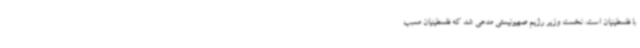
با فلسطینیان است. نخست وزیر رژیم صهیونیستی مدعی شد که فلسطینیان مسبب